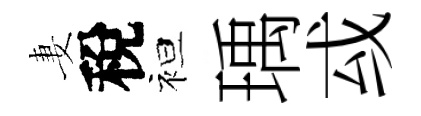
妻稅袒瑀㦯